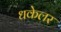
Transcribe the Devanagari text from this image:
धकेलर